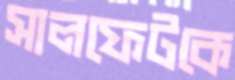
সালফেটকে